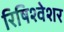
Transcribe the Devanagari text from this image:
रिषिश्वेशर